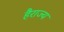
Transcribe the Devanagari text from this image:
हैराज्य